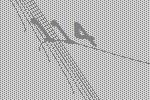
114